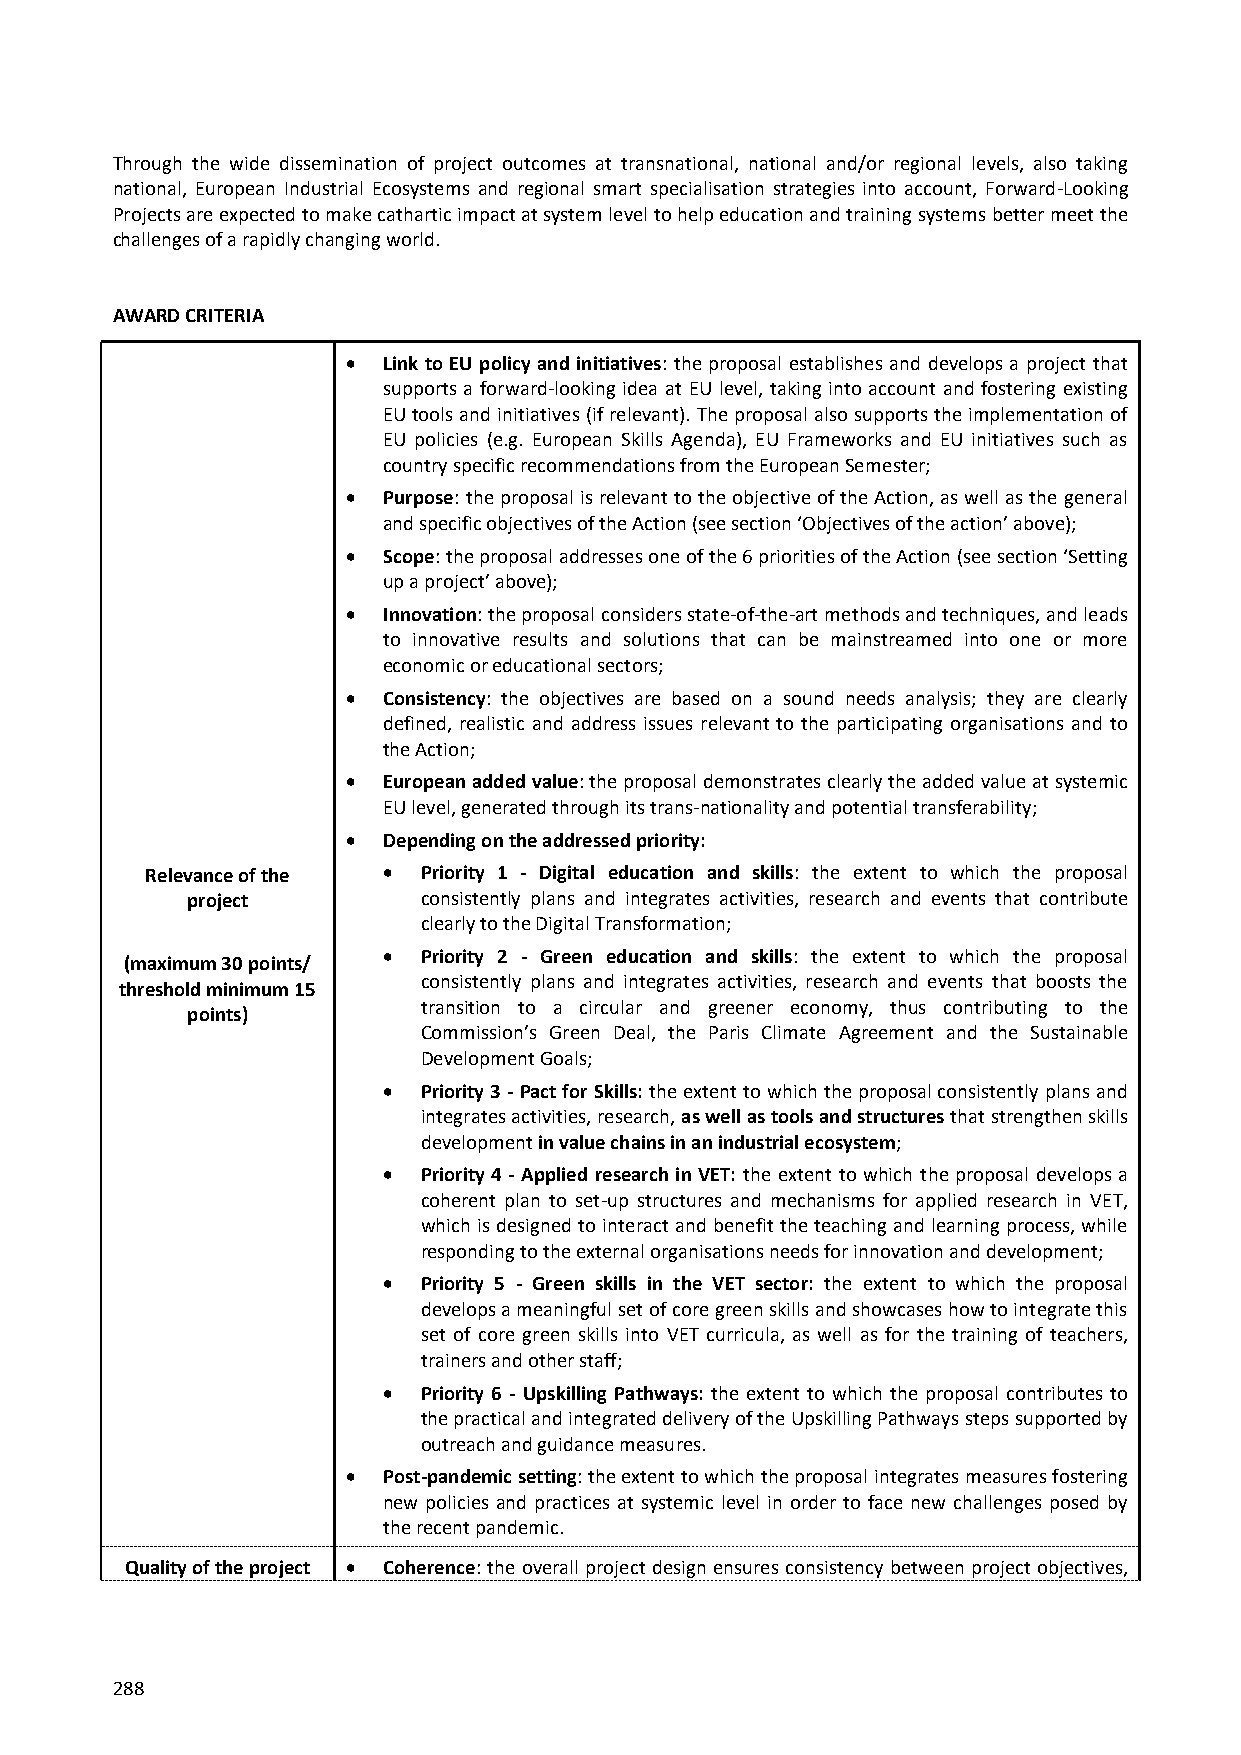
Through the wide dissemination of project outcomes at transnational, national and/or regional levels, also taking
 national, European Industrial Ecosystems and regional smart specialisation strategies into account, Forward-Looking
 Projects are expected to make cathartic impact at system level to help education and training systems better meet the
 challenges of a rapidly changing world.
 AWARD CRITERIA
  Link to EU policy and initiatives: the proposal establishes and develops a project that
 supports a forward-looking idea at EU level, taking into account and fostering existing
 EU tools and initiatives (if relevant). The proposal also supports the implementation of
 EU policies (e.g. European Skills Agenda), EU Frameworks and EU initiatives such as
 country specific recommendations from the European Semester;
  Purpose: the proposal is relevant to the objective of the Action, as well as the general
 and specific objectives of the Action (see section ‘Objectives of the action’ above);
  Scope: the proposal addresses one of the 6 priorities of the Action (see section ‘Setting
 up a project’ above);
  Innovation: the proposal considers state-of-the-art methods and techniques, and leads
 to innovative results and solutions that can be mainstreamed into one or more
 economic or educational sectors;
  Consistency: the objectives are based on a sound needs analysis; they are clearly
 defined, realistic and address issues relevant to the participating organisations and to
 the Action;
  European added value: the proposal demonstrates clearly the added value at systemic
 EU level, generated through its trans-nationality and potential transferability;
  Depending on the addressed priority:
 Relevance of the  Priority 1 - Digital education and skills: the extent to which the proposal
 project         consistently plans and integrates activities, research and events that contribute
 clearly to the Digital Transformation;
   Priority 2 - Green education and skills: the extent to which the proposal
 (maximum 30 points/
 consistently plans and integrates activities, research and events that boosts the
 threshold minimum 15
 transition to a circular and greener economy, thus contributing to the
 points)
 Commission’s Green Deal, the Paris Climate Agreement and the Sustainable
 Development Goals;
   Priority 3 - Pact for Skills: the extent to which the proposal consistently plans and
 integrates activities, research, as well as tools and structures that strengthen skills
 development in value chains in an industrial ecosystem;
   Priority 4 - Applied research in VET: the extent to which the proposal develops a
 coherent plan to set-up structures and mechanisms for applied research in VET,
 which is designed to interact and benefit the teaching and learning process, while
 responding to the external organisations needs for innovation and development;
   Priority 5 - Green skills in the VET sector: the extent to which the proposal
 develops a meaningful set of core green skills and showcases how to integrate this
 set of core green skills into VET curricula, as well as for the training of teachers,
 trainers and other staff;
   Priority 6 - Upskilling Pathways: the extent to which the proposal contributes to
 the practical and integrated delivery of the Upskilling Pathways steps supported by
 outreach and guidance measures.
  Post-pandemic setting: the extent to which the proposal integrates measures fostering
 new policies and practices at systemic level in order to face new challenges posed by
 the recent pandemic.
 Quality of the project  Coherence: the overall project design ensures consistency between project objectives,
 288